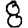
Digit: 8